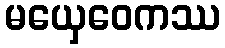
မယှေဝေကဿ